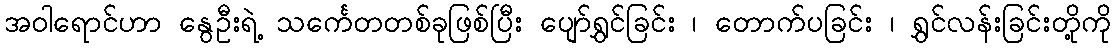
အဝါရောင်ဟာ နွေဦးရဲ့ သင်္ကေတတစ်ခုဖြစ်ပြီး ပျော်ရွှင်ခြင်း ၊ တောက်ပခြင်း ၊ ရွှင်လန်းခြင်းတို့ကို